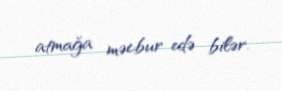
atmağa məcbur edə bilər.